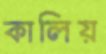
কালিয়